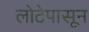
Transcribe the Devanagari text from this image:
लोटेपासून